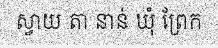
ស្វាយ តា នាន់ ឃុំ ព្រែក